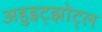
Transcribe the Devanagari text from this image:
अहुइट्झोट्ल